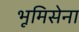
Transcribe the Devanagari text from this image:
भूमिसेना